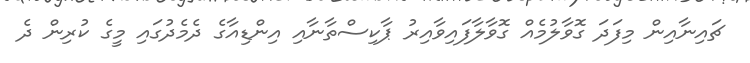
ޗައިނާއިން މިފަދަ ގޮވާލުމެއް ގޮވާލާފައިވާއިރު ޕާކިސްތާނާއި އިންޑިއާގެ ދެމެދުގައި މީގެ ކުރިން ދެ